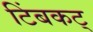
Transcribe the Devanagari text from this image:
टिंबकट्